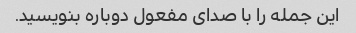
این جمله را با صدای مفعول دوباره بنویسید.